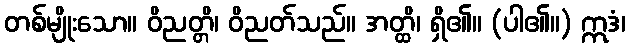
တစ်မျိုးသော။ ဝိညတ္တိ၊ ဝိညတ်သည်။ အတ္ထိ၊ ရှိ၏။ (ပါ၏။) ဣဒံ၊